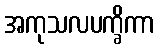
အကုသလပက္ခိကာ